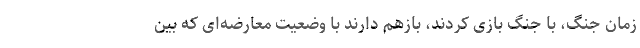
زمان جنگ، با جنگ بازی کردند، بازهم دارند با وضعیت معارضه‌ای که بین